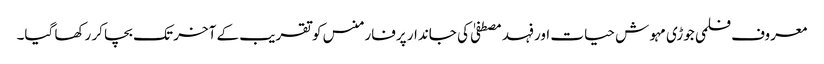
معروف فلمی جوڑی مہوش حیات اور فہد مصطفیٰ کی جاندار پرفارمنس کو تقریب کے آخر تک بچا کر رکھا گیا۔